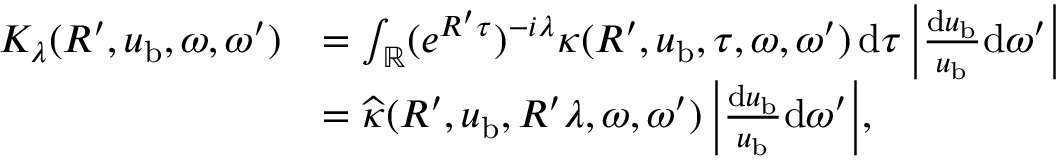
\begin{array} { r l } { K _ { \lambda } ( R ^ { \prime } , u _ { \mathrm { b } } , \omega , \omega ^ { \prime } ) } & { = \int _ { \mathbb { R } } ( e ^ { R ^ { \prime } \tau } ) ^ { - i \lambda } \kappa ( R ^ { \prime } , u _ { \mathrm { b } } , \tau , \omega , \omega ^ { \prime } ) \, { \mathrm d } \tau \, \Bigl | \frac { { \mathrm d } u _ { \mathrm { b } } } { u _ { \mathrm { b } } } { \mathrm d } \omega ^ { \prime } \Bigr | } \\ & { = \widehat \kappa ( R ^ { \prime } , u _ { \mathrm { b } } , R ^ { \prime } \lambda , \omega , \omega ^ { \prime } ) \, \Bigl | \frac { { \mathrm d } u _ { \mathrm { b } } } { u _ { \mathrm { b } } } { \mathrm d } \omega ^ { \prime } \Bigr | , } \end{array}